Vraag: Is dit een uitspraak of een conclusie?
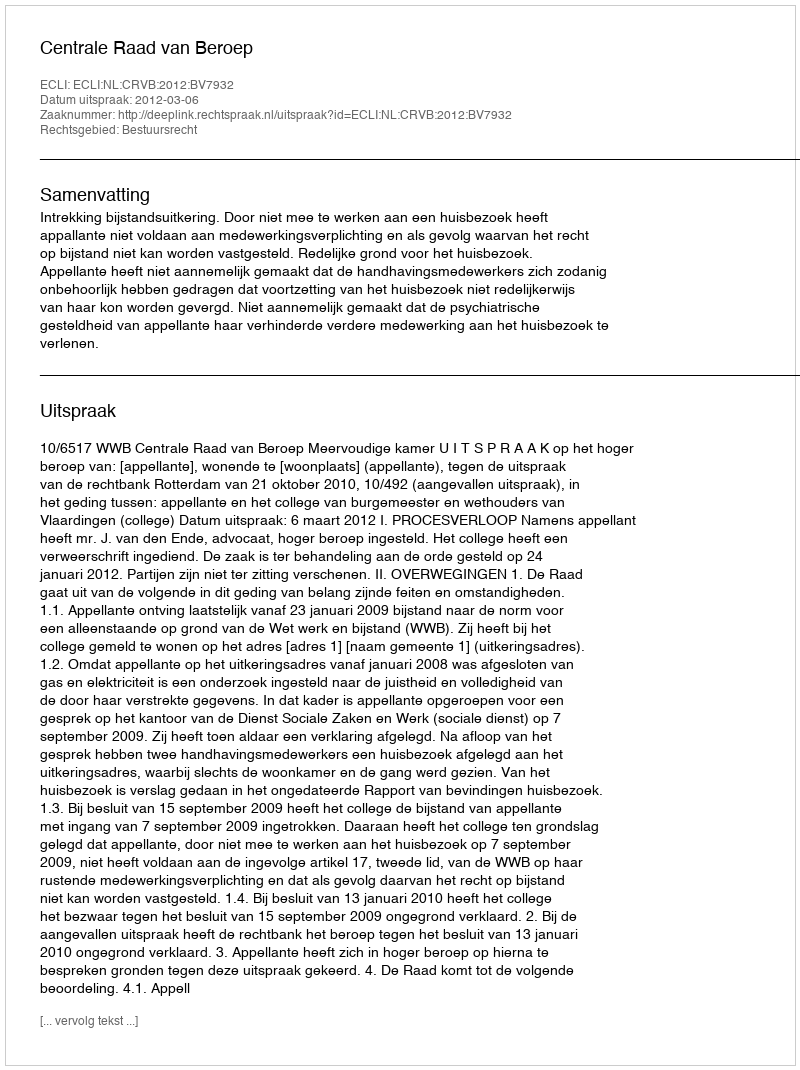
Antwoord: Uitspraak